Report of the Lahore Medical School Hospital
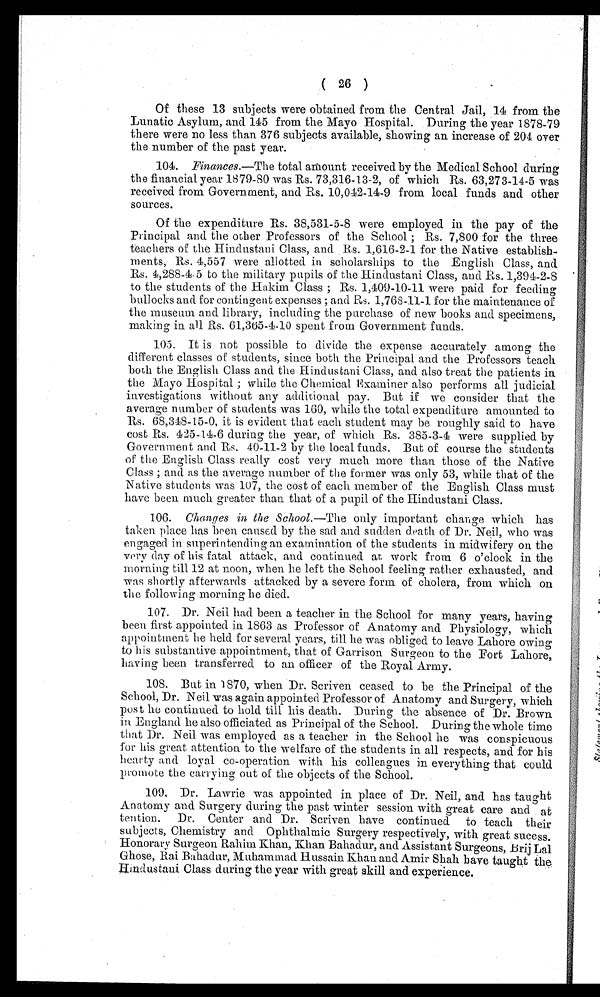
(26)
Of these 13 subjects were obtained from the Central Jail, 14 from the
Lunatic Asylum, and 145 from the Mayo Hospital. During the year 1878-79
there were no less than 376 subjects available, showing an increase of 204 over
the number of the past year.
104.
Finances .—The total amount received by the Medical School during
the financial year 1879-80 was Rs. 73,316-13-2, of which Rs. 63,273-14-5 was
received from Government, and Rs. 10,042-14-9 from local funds and other
sources.
Of the expenditure Rs. 38,531-5-8 were employed in the pay of the
Principal and the other Professors of the School; Rs. 7,800 for the three
teachers of the Hindustani Class, and Rs. 1,616-2-1 for the Native establish-
ments, Rs. 4,557 were allotted in scholarships to the English Class, and
Rs. 4,288-4.5 to the military pupils of the Hindustani Class, and Rs. 1,394-2-8
to the students of the Hakim Class; Rs. 1,409-10-11 were paid for feeding
bullocks and for contingent expenses; and Rs. 1,768-11-1 for the maintenance of
the museum and library, including the purchase of new books and specimens,
making in all Rs. 61,365-4-10 spent from Government funds.
105.
It is not possible to divide the expense accurately among the
different classes of students, since both the Principal and the Professors teach
both the English Class and the Hindustani Class, and also treat the patients in
the Mayo Hospital; while the Chemical Examiner also performs all judicial
investigations without any additional pay. But if we consider that the
average number of students was 160, while the total expenditure amounted to
Rs. 68,348-15-0, it is evident that each student may be roughly said to have
cost Rs. 425-14-6 during the year, of which Rs. 385-3-4 were supplied by
Government and Rs. 40-11-2 by the local funds. But of course the students
of the English Class really cost very much more than those of the Native
Class; and as the average number of the former was only 53, while that of the
Native students was 107, the cost of each member of the English Class must
have been much greater than that of a pupil of the Hindustani Class.
106. Changes in the School. —The only important change which has
taken place has been caused by the sad and sudden death of Dr. Neil, who was
engaged in superintending an examination of the students in midwifery on the
very day of his fatal attack, and continued at work from 6 o'clock in the
morning till 12 at noon, when he left the School feeling rather exhausted, and
was shortly afterwards attacked by a severe form of cholera, from which on
the following morning he died.
107.
Dr. Neil had been a teacher in the School for many years, having
been first appointed in 1863 as Professor of Anatomy and Physiology, which
appointment he held for several years, till he was obliged to leave Lahore owing
to his substantive appointment, that of Garrison Surgeon to the Fort Lahore,
having been transferred to an officer of the Royal Army.
108.
But in 1870, when Dr. Scriven ceased to be the Principal of the
School, Dr. Neil was again appointed Professor of Anatomy and Surgery, which
post he continued to hold till his death. During the absence of Dr. Brown
in England he also officiated as Principal of the School. During the whole time
that Dr. Neil was employed as a teacher in the School he was conspicuous
for his great attention to the welfare of the students in all respects, and for his
hearty and loyal co-operation with his colleagues in everything that could
promote the carrying out of the objects of the School.
109.
Dr. Lawrie was appointed in place of Dr. Neil, and has taught
Anatomy and Surgery during the past winter session with great care and
at tention. Dr. Center and Dr. Scriven have continued to teach their
subjects, Chemistry and Ophthalmic Surgery respectively, with great sucess.
Honorary Surgeon Rahim Khan, Khan Bahadur, and Assistant Surgeons, Brij Lal
Ghose, Rai Bahadur, Muhammad Hussain Khan and Amir Shah have taught the
Hindustani Class during the year with great skill and experience.